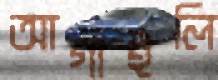
আগাইলি